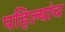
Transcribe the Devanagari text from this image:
पहिल्यांच